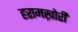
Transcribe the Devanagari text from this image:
हरामख़ोरी